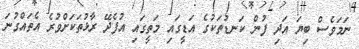
ނަމަވެސް ބިޔަ އަދި ފުން ކަނޑުތަކުގެ އަޑީގައި މަތީގައި އުފެދޭ ރާޅުތަކަށްވުރެ އެތައްގުނަ